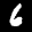
Label: 6